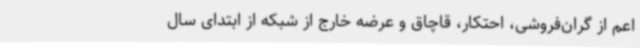
اعم از گران‌فروشی، احتکار، قاچاق و عرضه خارج از شبکه از ابتدای سال